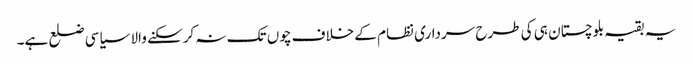
یہ بقیہ بلوچستان ہی کی طرح سرداری نظام کے خلاف چوں تک نہ کرسکنے والا سیاسی ضلع ہے۔